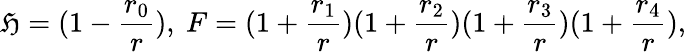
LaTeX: \mathfrak{H}=(1-\frac{{r_{0}}}{{r}}),\ F=(1+\frac{{r_{1}}}{{r}})(1+\frac{{r_{2}}}{{r}})(1+\frac{{r_{3}}}{{r}})(1+\frac{{r_{4}}}{{r}}),